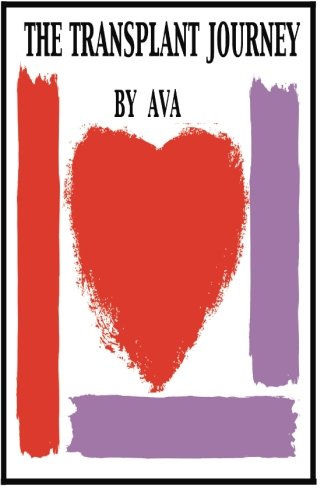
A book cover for The Transplant Journey: A Guide to Transplant: Extraordinary Stories, Hope and Encouragement; Ava B Kaufman; Health, Fitness & Dieting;